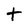
Character: t